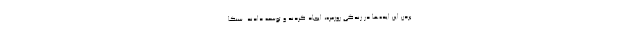
بردن این ایده‌ها در زندگی روزمره‌، ایجاد کردند و توسعه دادند. سنکا